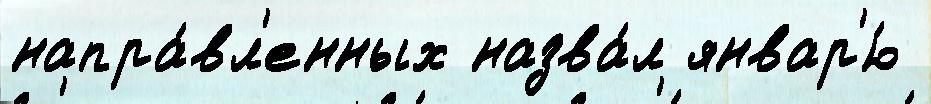
напра́вл'енных назва́л январ'ю́